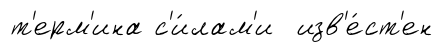
т'ерм'ина с'и́лам'и изв'е́ст'ен